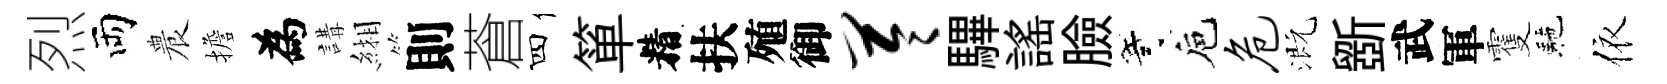
烈両農擔為講緗則蒼四箪精扶殖御苓驆謡臉寄巵危溉斵武軍䨥駰依